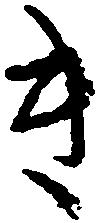
き